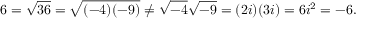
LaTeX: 6 = { \sqrt { 3 6 } } = { \sqrt { ( - 4 ) ( - 9 ) } } \neq { \sqrt { - 4 } } { \sqrt { - 9 } } = ( 2 i ) ( 3 i ) = 6 i ^ { 2 } = - 6 .